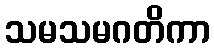
သမသမဂတိကာ